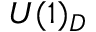
U ( 1 ) _ { D }